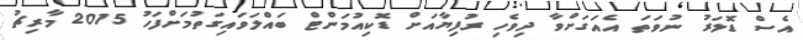
އެސް ޑޮލަރު ނުވަތަ އެއަގަށްވާ ދިވެހި ރުފިޔާއަށް ޑޮކިއުމަންޓް ބައްލަވައިގަތުމަށްފަހު 2015 މާރިޗު